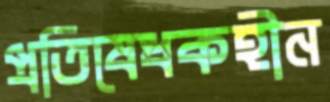
প্রতিষেধকহীন